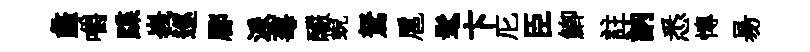
蠡嚼蹀峩巡郿派莓釅蜺駑扈髦卞庀臣鯽註訥悉慱昜